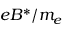
e B ^ { * } / m _ { e }